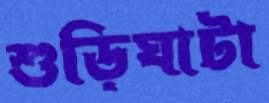
শুড়িঘাটা